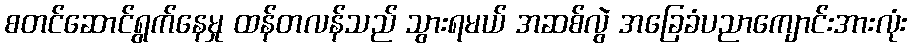
စတင်ဆောင်ရွက်နေမှု ထန်တလန်သည် သွားရမယ် အဆစ်လွဲ အခြေခံပညာကျောင်းအားလုံး